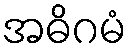
အဓိဂမံ